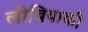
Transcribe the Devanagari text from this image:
लीबियाकी